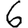
Digit: 6